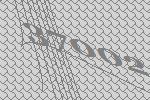
37002